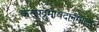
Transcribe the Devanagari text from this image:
कल्पद्रुमावदानमाला